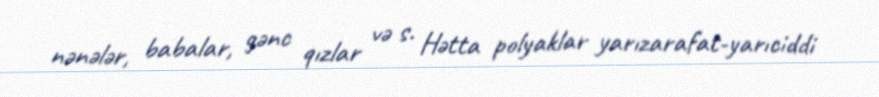
nənələr, babalar, gənc qızlar və s. Hətta polyaklar yarızarafat-yarıciddi